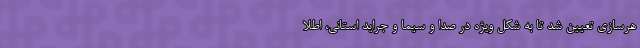
هرسازی تعیین شد تا به شکل ویژه در صدا و سیما و جراید استانی، اطلا